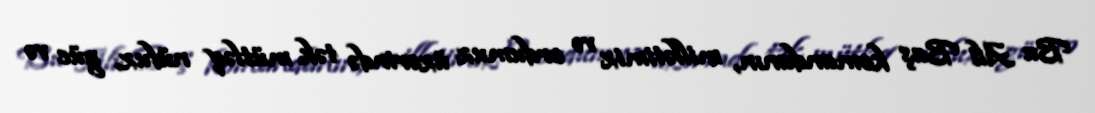
Bu Ali Baş komandanın, millətimiz və ordumuz üzərində tək mütləq nüfuz, güc və